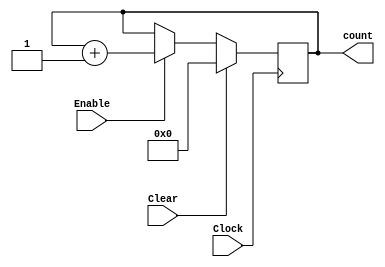
module BCD_counter (Clock, Clear, Enable, count);

input Clock, Clear, Enable;
output reg [17:0] count;

always @(posedge Clock)
begin
	if (Clear)
		count <= 0;
	else if (Enable)
	begin
		count <= count + 1;
	end
end

//wire [4:1] Carry;
//
//BCD_stage stage0 (Clock, Clear, Enable, BCD0, Carry[1]);
//BCD_stage stage1 (Clock, Clear, (Carry[1] & Enable), BCD1, Carry[2]);
//BCD_stage stage2 (Clock, Clear, (Carry[2] & Carry[1] & Enable), BCD2, Carry[3]);
//BCD_stage stage3 (Clock, Clear, (Carry[3] & Carry[2] & Carry[1] & Enable), BCD3, Carry[4]);

endmodule

module BCD_stage (Clock, Clear, Ecount, BCDq, Value9);

input Clock, Clear, Ecount;

output reg [3:0] BCDq;
output reg Value9;

always @(posedge Clock)
begin
	if (Clear)
		BCDq <= 0;
	else if (Ecount)
	begin
		if (BCDq == 4'b1001)
			BCDq <= 0;
		else
			BCDq <= BCDq + 1;
	end
end

always @(BCDq)
	if (BCDq == 4'b1001)
		Value9 <= 1'b1;
	else
		Value9 <= 1'b0;

endmodule